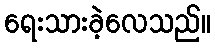
ရေးသားခဲ့လေသည်။